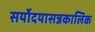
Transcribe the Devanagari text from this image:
सर्योदयासन्नकालिक